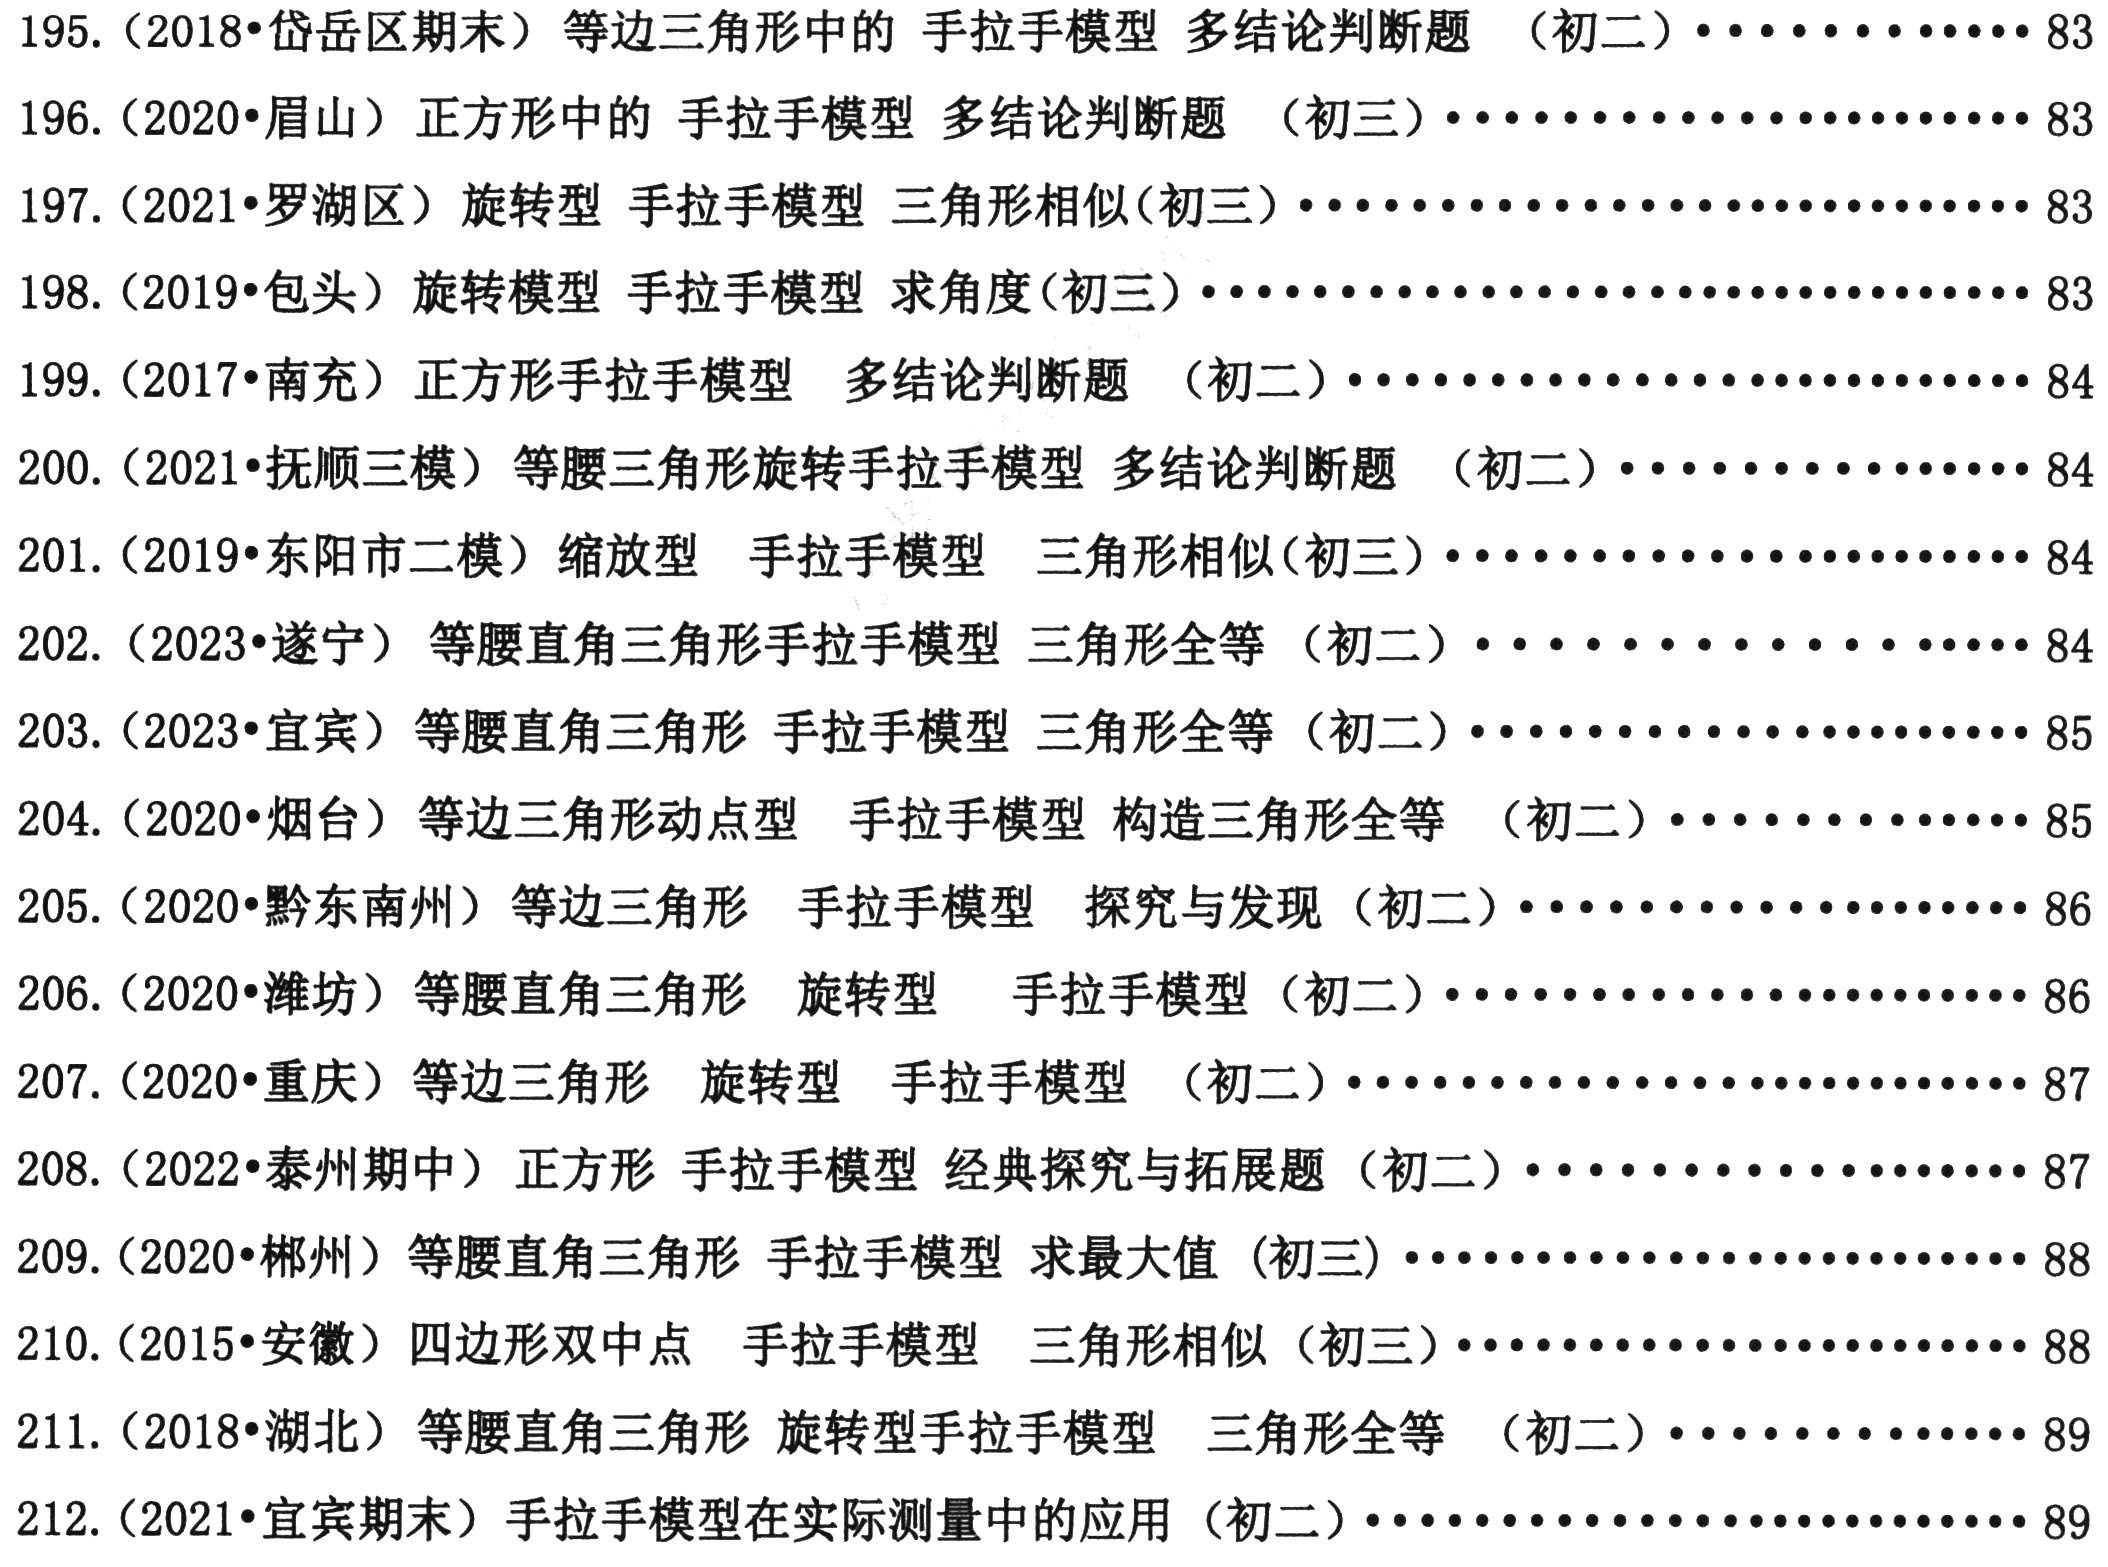
195. (2018•岱岳区期末）等边三角形中的 手拉手模型 多结论判断题 （初二）············ 83\\

196. (2020•眉山）正方形中的 手拉手模型 多结论判断题 （初三）············ 83\\

197. (2021•罗湖区）旋转型 手拉手模型 三角形相似(初三）············ 83\\

198. (2019•包头）旋转模型 手拉手模型 求角度(初三）············ 83\\

199. (2017•南充）正方形手拉手模型 多结论判断题 （初二）············ 84\\

200. (2021•抚顺三模）等腰三角形旋转手拉手模型 多结论判断题 （初二）············ 84\\

201. (2019•东阳市二模）缩放型 手拉手模型 三角形相似(初三）············ 84\\

202. (2023•遂宁）等腰直角三角形 手拉手模型 三角形全等 （初二）············ 84\\

203. (2023•宜宾）等腰直角三角形 手拉手模型 三角形全等 （初二）············ 85\\

204. (2020•烟台）等边三角形动点型 手拉手模型 构造三角形全等 （初二）············ 85\\

205. (2020•黔东南州）等边三角形 手拉手模型 探究与发现 （初二）············ 85\\

206. (2020•潍坊）等腰直角三角形 旋转型 手拉手模型 （初二）············ 86\\

207. (2020•重庆）等边三角形 旋转型 手拉手模型 （初二）············ 86\\

208. (2022•泰州期中）正方形 手拉手模型 经典探究与拓展题 （初二）············ 87\\

209. (2020•郴州）等腰直角三角形 手拉手模型 求最大值 （初三）············ 87\\

210. (2015•安徽）四边形双中点 手拉手模型 三角形相似 （初三）············ 88\\

211. (2018•湖北）等腰直角三角形 旋转型手拉手模型 三角形全等 （初二）············ 89\\

212. (2021•宜宾期末）手拉手模型在实际测量中的应用 （初二）············ 89\\